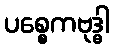
ပစ္စေကဗုဒ္ဓါ